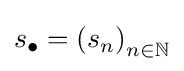
s_{\bullet }=\left(s_{n}\right)_{n\in \mathbb {N} }